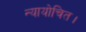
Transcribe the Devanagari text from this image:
न्यायोचित।